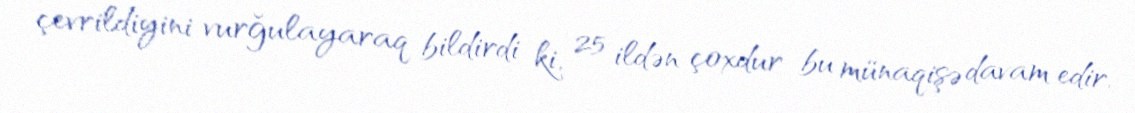
çevrildiyini vurğulayaraq bildirdi ki, 25 ildən çoxdur bu münaqişə davam edir.